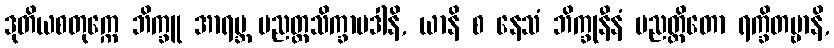
ဒုတိယစတုက္ကေ ဘိက္ခူ အာရဗ္ဘ ပညတ္တသိက္ခာပဒါနိ, ယာနိ စ နေသံ ဘိက္ခုနီနံ ပညတ္တိတော ရက္ခိတဗ္ဗာနိ,